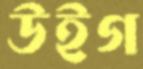
উইগ